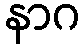
နာဂ